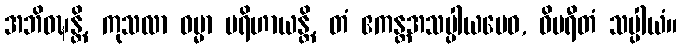
အဘိဝဍ္ဎန္တိ, ကုသလာ ဓမ္မာ ပရိဟာယန္တိ, တံ ဧကန္တအသပ္ပါယမေဝ, ဝိပရီတံ သပ္ပါယံ။